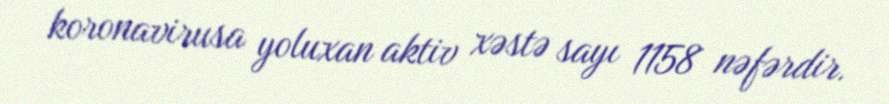
koronavirusa yoluxan aktiv xəstə sayı 1158 nəfərdir.